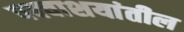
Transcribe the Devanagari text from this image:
पक्वाशयांतील